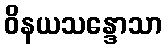
ဝိနယသန္ဒောသာ